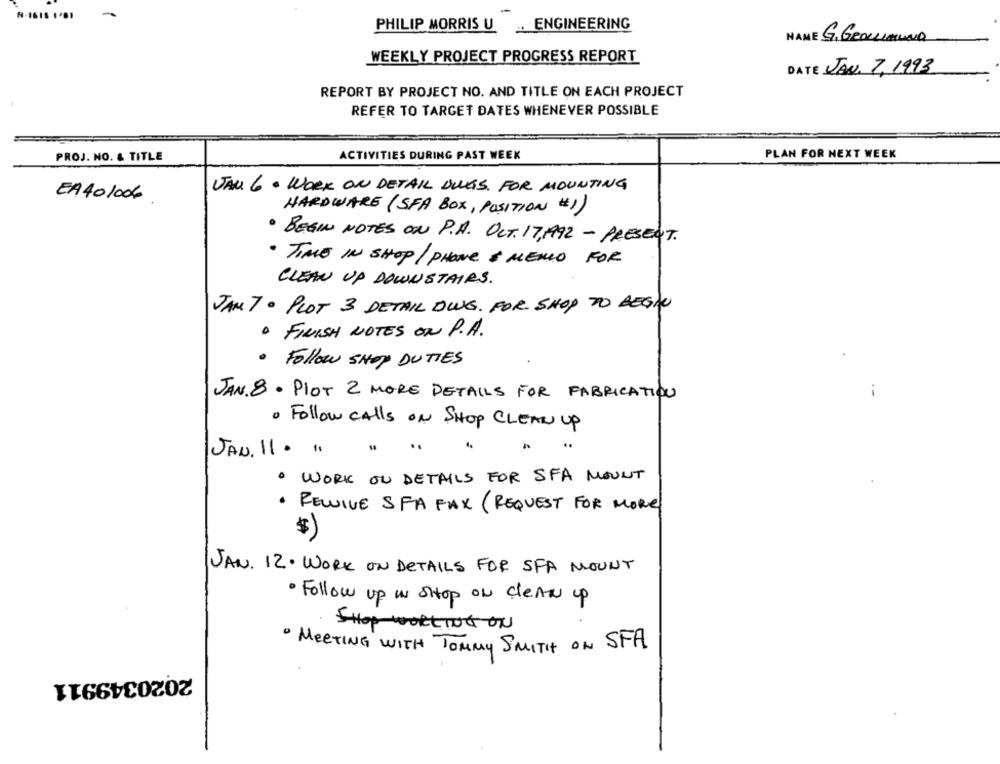
-1615 1.81
PHILIP MORRIS U .. ENGINEERING
NAME G. GROLLImUND
WEEKLY PROJECT PROGRESS REPORT
DATE JAN. 7,1993
REPORT BY PROJECT NO. AND TITLE ON EACH PROJECT
REFER TO TARGET DATES WHENEVER POSSIBLE
PROJ. NO. & TITLE
ACTIVITIES DURING PAST WEEK
PLAN FOR NEXT WEEK
VAL 6 . WORK ON DETAIL DUES. FOR MOUNTING
EA40/006
HARDWARE (SFA BOX, POSITION #1)
· BEGIN NOTES ON P.A. OCT. 17,1992 - PRESENT.
· TIME IN SHOP/ PHONE & MERLO FOR
CLEAN UP DOWNSTAIRS .
JAN T. PLOT 3 DETAIL DWG. FOR SHOP TO BEGIN
. FINISH NOTES ON P.A.
. Follow SHOP DUTIES
JAN. 8- PIOT 2 MORE DETAILS FOR FABRICATION
· Follow Calls ON SHOP CLEAN UP
JAN. 11 . 11
· WORK ON DETAILS FOR SFA MOUNT
. RELIVE SFA FAX ( REQUEST FOR MORE
$
JAN. 12. WORK ON DETAILS FOR SFA MOUNT
· Follow up in SHOP ON cleAN up
SHOP WORKING ON
· MEETING WITH TOMMY SMITH ON SFA
2020349911